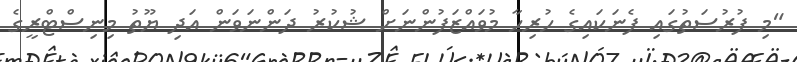
"މި ފުރުސަތުގައި ފެނަކައިގެ ހުރިހާ މުވައްޒަފުންނަށް ޝުކުރު ދަންނަވަން އަދި ޔޫތު މިނިސްޓްރީގެ